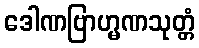
ဒေါဏဗြာဟ္မဏသုတ္တံ